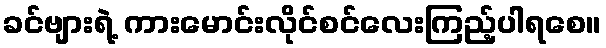
ခင်ဗျားရဲ့ ကားမောင်းလိုင်စင်လေးကြည့်ပါရစေ။